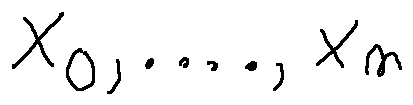
X _ { 0 } , \ldots , X _ { n }